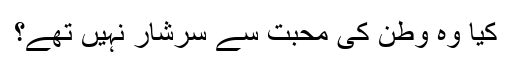
کیا وہ وطن کی محبت سے سرشار نہیں تھے؟